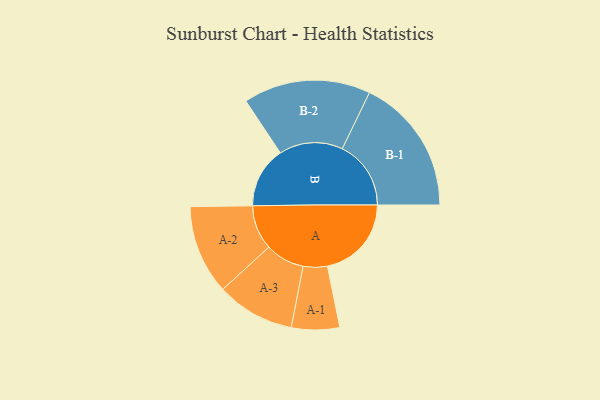
{"axis": {"x": "Segment", "y": "Value"}, "legend": ["", "A", "B"], "data": [{"x": "A", "y": 367, "type": ""}, {"x": "B", "y": 267, "type": ""}, {"x": "A-1", "y": 105, "type": "A"}, {"x": "A-2", "y": 195, "type": "A"}, {"x": "A-3", "y": 171, "type": "A"}, {"x": "B-1", "y": 300, "type": "B"}, {"x": "B-2", "y": 278, "type": "B"}]}